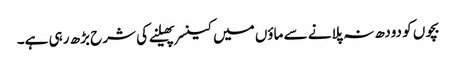
بچوں کو دودھ نہ پلانے سے ماؤں میں کینسر پھیلنے کی شرح بڑھ رہی ہے۔